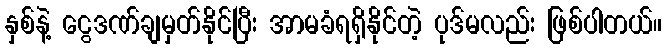
နှစ်နဲ့ ငွေဒဏ်ချမှတ်နိုင်ပြီး အာမခံရရှိနိုင်တဲ့ ပုဒ်မလည်း ဖြစ်ပါတယ်။